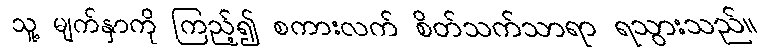
သူ့ မျက်နှာကို ကြည့်၍ စကားလက် စိတ်သက်သာရာ ရသွားသည်။